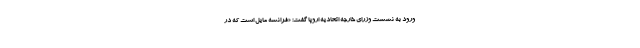
ورود به نشست وزرای خارجه اتحاديه اروپا گفت: «فرانسه مایل است كه در